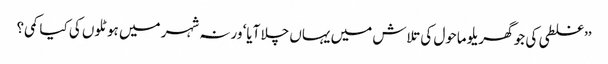
’’غلطی کی جو گھریلو ماحول کی تلاش میں یہاں چلا آیا‘ ورنہ شہر میں ہوٹلوں کی کیا کمی؟